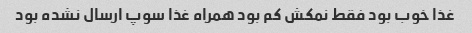
غذا خوب بود فقط نمکش کم بود همراه غذا سوپ ارسال نشده بود